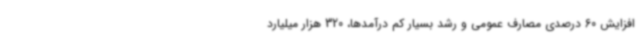
افزایش 60 درصدی مصارف عمومی و رشد بسیار کم درآمدها، 320 هزار میلیارد